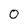
Character: 0